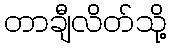
တာချီလိတ်သို့